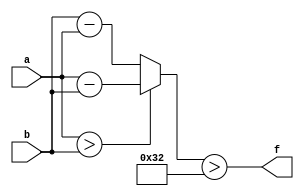
module wce_mit(a, b, f);
parameter _bit = 9;
parameter wce = 50;
input [_bit - 1: 0] a;
input [_bit - 1: 0] b;
output f;
wire [_bit - 1: 0] diff;
assign diff = (a > b)? (a - b): (b - a);
assign f = (diff > wce);
endmodule